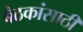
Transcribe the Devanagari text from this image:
बैठकांसाठी